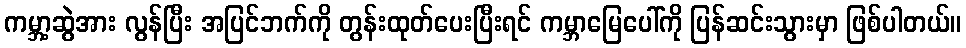
ကမ္ဘာ့ဆွဲအား လွန်ပြီး အပြင်ဘက်ကို တွန်းထုတ်ပေးပြီးရင် ကမ္ဘာမြေပေါ်ကို ပြန်ဆင်းသွားမှာ ဖြစ်ပါတယ်။